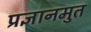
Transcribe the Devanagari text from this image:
प्रज्ञानमुत